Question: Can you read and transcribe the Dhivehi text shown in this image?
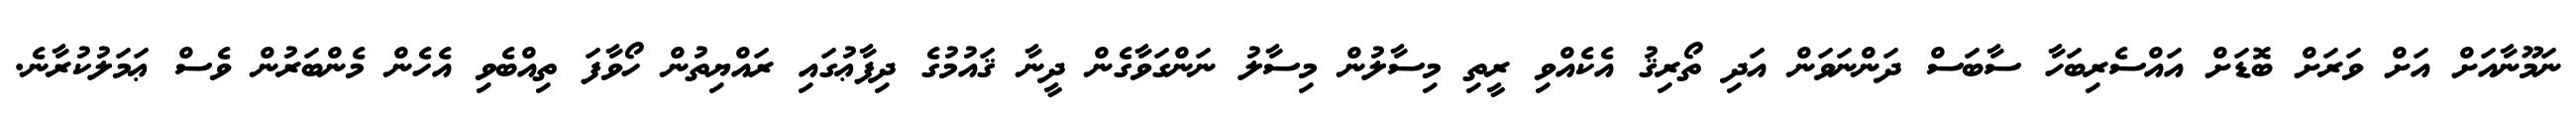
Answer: ނަމޫނާއަށް އަށް ވަރަށް ބޮޑަށް އައްސެރިބަހާ ސާބަސް ދަންނަވަން އަދި ތޯރިޤު އެކެއްވި ރީތި މިސާލުން މިސާލު ނަންގަވާގެން ދީނާ ޤައުމުގެ ދިފާޢުގައި ރައްޔިތުން ހޯވާފަ ތިއްބެވި އެހެން މެންބަރުން ވެސް ޢަމަލުކުރާނެ.